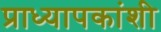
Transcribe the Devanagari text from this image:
प्राध्यापकांशी